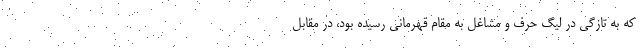
که به تازگی در لیگ حِرَف و مشاغل به مقام قهرمانی رسیده بود، در مقابل